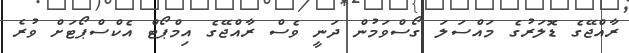
ރާއްޖޭގެ ޑޮލަރުގެ މައްސަލަ ގޯސްވަމުން ދަނީ ވެސް ރާއްޖޭގެ އިމްޕޯޓް އެކްސްޕޯޓަށް ވުރެ